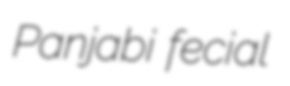
Panjabi fecial